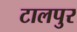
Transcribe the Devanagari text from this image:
टालपुर